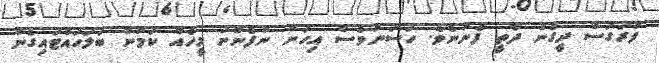
ފުރަގަސް ދީގެން ދާތީ ފެނުނެވެ. ހަސަނުވެސް އިހަށް ނުފެންނަ މީހެއް ކަމުން ބަލަހައްޓައިގެން